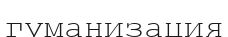
гуманизация